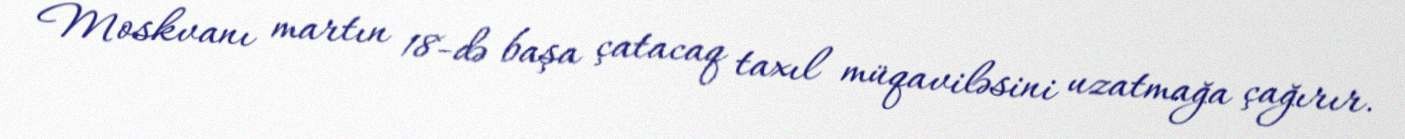
Moskvanı martın 18-də başa çatacaq taxıl müqaviləsini uzatmağa çağırır.